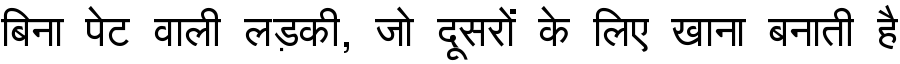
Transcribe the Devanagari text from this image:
बिना पेट वाली लड़की, जो दूसरों के लिए खाना बनाती है